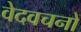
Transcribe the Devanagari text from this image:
वेदवचनों